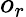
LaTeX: o_{r}